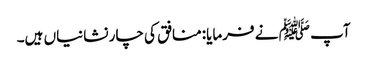
آپ ﷺ نے فرمایا:منافق کی چار نشانیاں ہیں۔